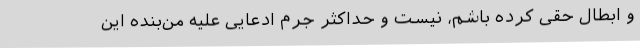
و ابطال حقّی کرده باشم، نیست و حدّاکثر جرم ادعایی علیه من‌بنده این